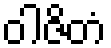
ဝါဇိတံ